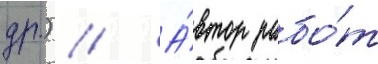
др.) // А́втор рабо́т